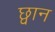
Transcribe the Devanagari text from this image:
छ्वान